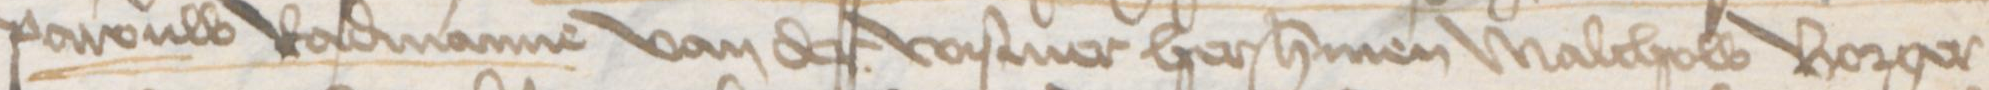
Pawouw Radmanne van der Wismer her Hermen Malchow Borger¬